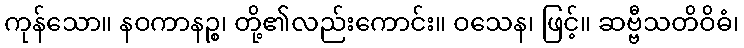
ကုန်သော။ နဝကာနဉ္စ၊ တို့၏လည်းကောင်း။ ဝသေန၊ ဖြင့်။ ဆဗ္ဗီသတိဝိဓံ၊